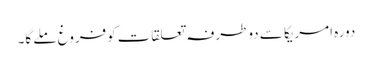
دورہ امریکا سے دوطرفہ تعلقات کوفروغ ملے گا۔